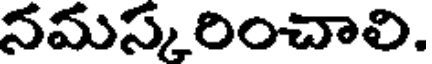
నమస్కరించాలి.